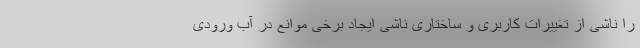
را ناشی از تغییرات کاربری و ساختاری ناشی ایجاد برخی موانع در آب ورودی